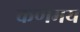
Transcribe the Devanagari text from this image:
कणमय